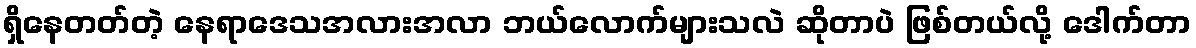
ရှိနေတတ်တဲ့ နေရာဒေသအလားအလာ ဘယ်လောက်များသလဲ ဆိုတာပဲ ဖြစ်တယ်လို့ ဒေါက်တာ